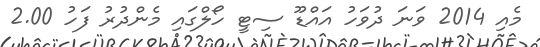
މެއި 2014 ވަނަ ދުވަހު އައްޑޫ ސިޓީ ހޯލްގައި މެންދުރު ފަހު 2.00